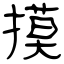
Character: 摸